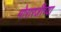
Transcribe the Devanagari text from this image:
मोरारजींच्या